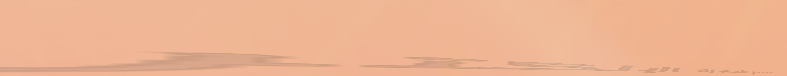
محلات بيع الأجهزة الإلكتر